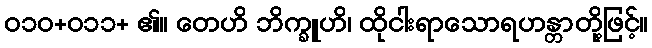
၀၁၀+၀၁၁+ ၏။ တေဟိ ဘိက္ခူဟိ၊ ထိုငါးရာသောရဟန္တာတို့ဖြင့်။